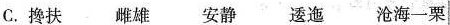
C.搀扶。雌雄安静逶迤沧海-粟